DOW-UAP-D75, Mission Report, Gulf of Aden, July 2024
Agency: Department of War
Incident date: 7/14/24
Incident location: Gulf of Aden
Page 5
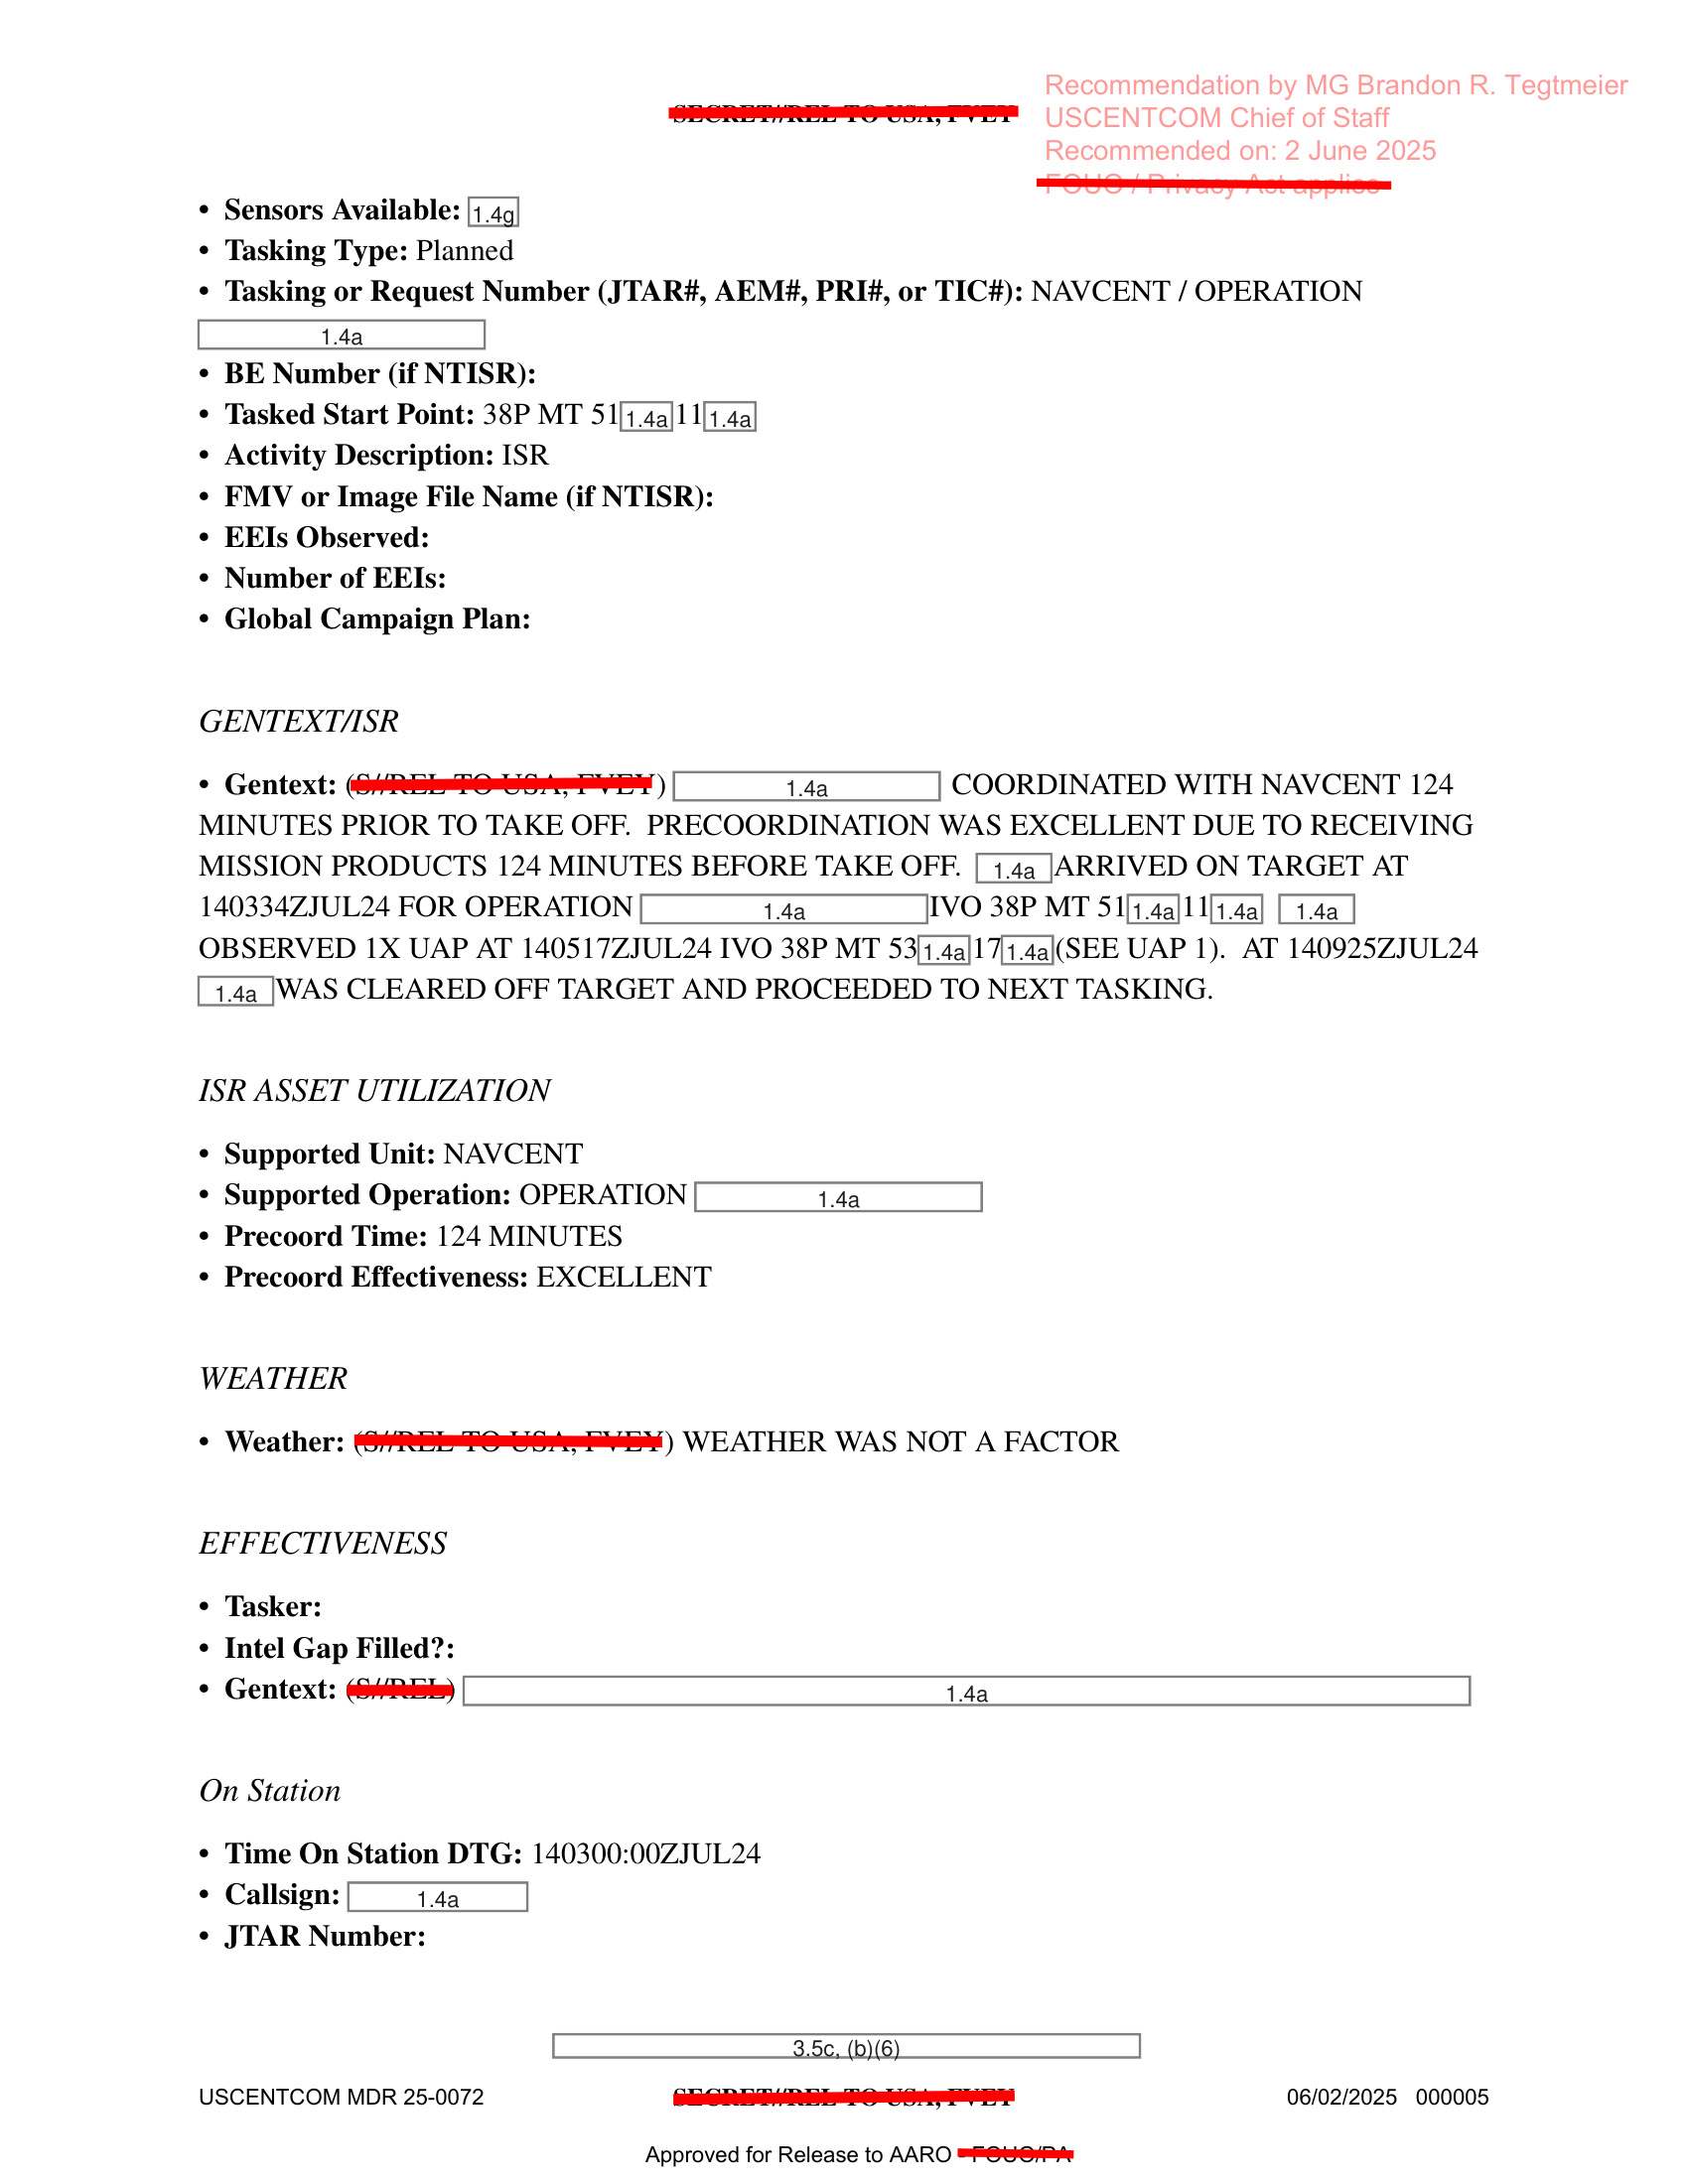